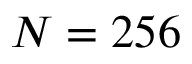
N = 2 5 6